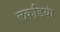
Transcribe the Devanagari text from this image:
लकडि़यां